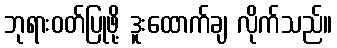
ဘုရားဝတ်ပြုဖို့ ဒူးထောက်ချ လိုက်သည်။